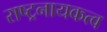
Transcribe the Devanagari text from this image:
राष्ट्रनायकत्व